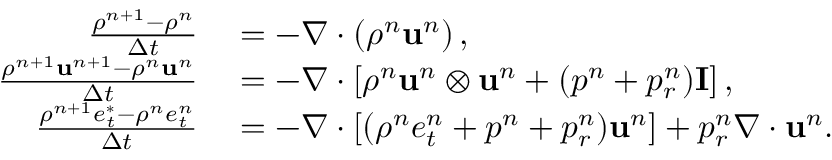
\begin{array} { r l } { \frac { \rho ^ { n + 1 } - \rho ^ { n } } { \Delta t } } & { { } = - \nabla \cdot \left( \rho ^ { n } \mathbf { u } ^ { n } \right) , } \\ { \frac { \rho ^ { n + 1 } \mathbf { u } ^ { n + 1 } - \rho ^ { n } \mathbf { u } ^ { n } } { \Delta t } } & { { } = - \nabla \cdot \left[ \rho ^ { n } \mathbf { u } ^ { n } \otimes \mathbf { u } ^ { n } + ( p ^ { n } + p _ { r } ^ { n } ) \mathbf { I } \right] , } \\ { \frac { \rho ^ { n + 1 } e _ { t } ^ { * } - \rho ^ { n } e _ { t } ^ { n } } { \Delta t } } & { { } = - \nabla \cdot \left[ ( \rho ^ { n } e _ { t } ^ { n } + p ^ { n } + p _ { r } ^ { n } ) \mathbf { u } ^ { n } \right] + p _ { r } ^ { n } \nabla \cdot \mathbf { u } ^ { n } . } \end{array}